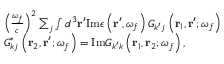
\begin{array} { r l } & { \left( \frac { \omega _ { f } } { c } \right) ^ { 2 } \sum _ { j } \int d ^ { 3 } \mathbf { r } ^ { \prime } \mathrm { I m } \epsilon \left( \mathbf { r } ^ { \prime } , \omega _ { f } \right) G _ { k ^ { \prime } j } \left( \mathbf { r } _ { 1 } , \mathbf { r } ^ { \prime } ; \omega _ { f } \right) } \\ & { G _ { k j } ^ { * } \left( \mathbf { r } _ { 2 } , \mathbf { r } ^ { \prime } ; \omega _ { f } \right) = \mathrm { I m } G _ { k ^ { \prime } k } \left( \mathbf { r } _ { 1 } , \mathbf { r } _ { 2 } ; \omega _ { f } \right) , } \end{array}